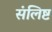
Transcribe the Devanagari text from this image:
संलिष्ट